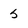
Character: 5